Calcutta medical institutions reports 1871-78
Year: 1871
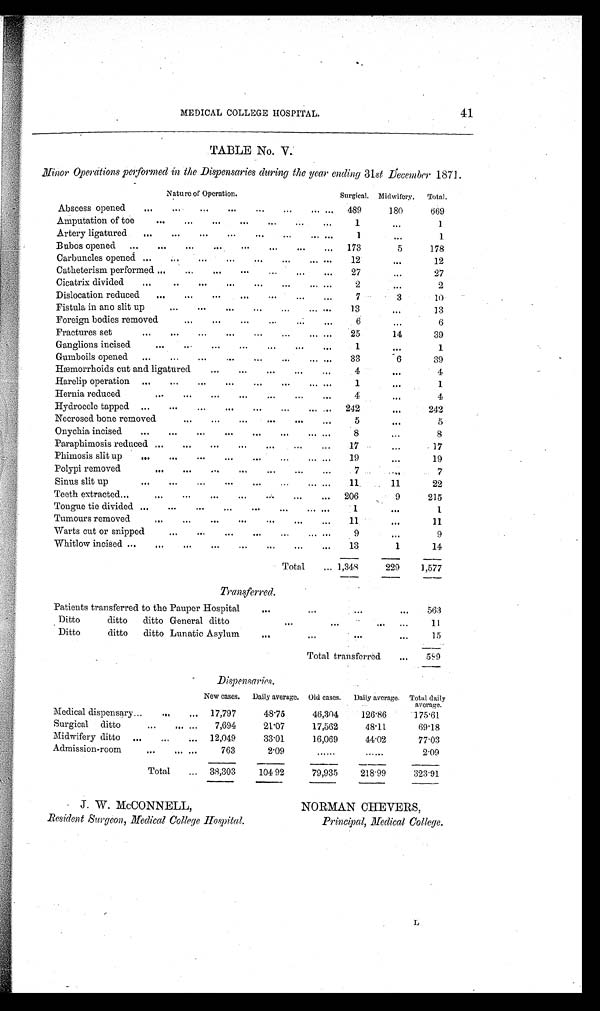
41
MEDICAL COLLEGE HOSPITAL.
TABLE No. V.
Minor Operations performed in the Dispensaries during the year ending 31 st December 1871.
Nature of Operation.
Surgical. Midwifery.
Total.
Ab scess opened
. . .
....
...
...
...
...
... ...
489
180
669
Amputation of toe
. . .
...
...
...
...
...
...
1
...
1
Artery ligatured
...
...
. . .
. . .
. . .
. . .
. . .
. . .
1
...
1
Bubos opened
...
. . .
. . .
. . .
. . .
. . .
. . .
. . .
173
5
178
Carbuncles opened ...
...
...
. . .
. . .
. . .
...
. . .
12
. . .
12
Catheterism performed ...
...
. . .
...
. . .
. . .
. . .
27
...
27
Cicatrix divided
...
...
. . .
. . .
. . .
. . .
. . .
. . .
2
...
2
Dislocation reduced
...
...
...
. . .
. . .
. . .
. . .
7
3
1 0
Fistula in ano slit up
...
...
...
...
...
. . .
. . .
1 3
...
13
Foreign bodies removed
...
. . .
. . .
...
. . .
...
6
. . .
6
Fractures set
...
...
...
. . .
...
...
...
. . .
25
14
39
Ganglions incised
...
. . .
...
...
...
...
. . .
1
. . .
1
Gumboils opened
...
...
. . .
. . .
...
...
. . .
. . .
33
6
39
Hæmorrhoids cut and ligatured
. . .
...
...
...
...
4
...
4
Harelip operation
...
...
. . .
...
. . .
...
...
..
1
. . .
1
Hernia reduced
...
. . .
...
. . .
...
...
...
4
. . .
4
Hydrocele tapped ...
...
...
. . .
. . .
. . .
...
...
242
...
242
Necrosed bone removed
. . .
...
...
. . .
...
5
. . .
5
Onychia incised
. . .
...
...
...
. . .
...
. . .
. . .
8
. . .
8
Paraphimosis reduced ...
...
...
...
. . .
...
...
17
...
17
Phimosis slit up
...
...
...
...
...
...
...
...
19
. . .
19
Polypi removed
...
...
...
...
...
...
...
7
7
Sinus slit up
...
...
...
...
...
...
...
. . .
11
11
22
Teeth extracted
. . .
...
...
...
...
...
...
. . .
206
9
215
Tongue tie divided ...
...
. . .
. . .
...
...
. . .
. . .
1
. . .
1
Tumours remove
...
. . .
...
...
. . .
...
...
11
...
11
Warts cut or snipped
...
...
. . .
...
...
. . .
...
9
. . .
9
Whitlow incised ...
. . .
. . .
...
. . .
...
...
..
13
1
14
Total
. . . 1,348
229
1,577
Transferred.
Patients transferred to the Pauper Hospital
. . .
...
. . .
. . .
563
Ditto ditto ditto General ditto
...
. . .
...
. . .
11
Ditto ditto ditto Lunatic Asylum
...
...
. . .
...
15
Total transferred
. . .
589
Dispensaries.
New cases.
Daily average. Old cases.
Daily average. Total daily
average.
Medical dispensary ...
...
...
17,797
48.75
46,304
126.86
175.61
Surgical ditto
...
... ...
7,694
21.07
17,562
48. 11
69.18
Midwifery ditto
...
...
. . . 12,049
33.01
16,069
44.02
77.03
Admission-room
...
... ...
763
2.09
. . . . . .
. . . . . .
2.09
Total
...
38,303
104.92
79,935
218.99
323.91
J. W. MCCONNELL,
NORMAN CHEVERS,
Resident Surgeon, Medical College Hospital.
Principal, Medical College.
L